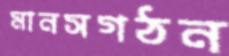
মানসগঠন